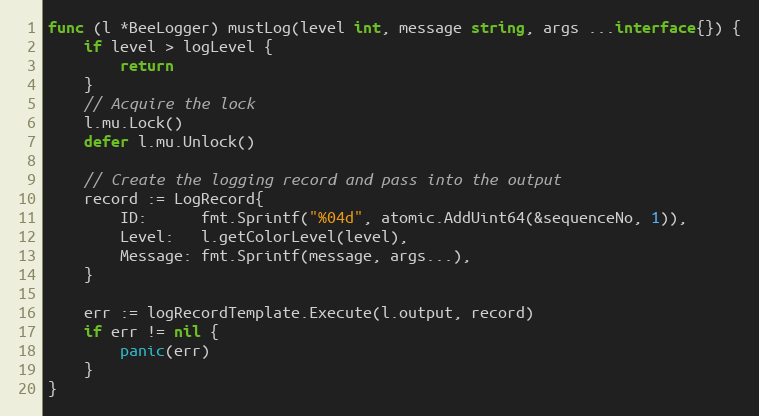
Language: Go
func (l *BeeLogger) mustLog(level int, message string, args ...interface{}) {
	if level > logLevel {
		return
	}
	// Acquire the lock
	l.mu.Lock()
	defer l.mu.Unlock()

	// Create the logging record and pass into the output
	record := LogRecord{
		ID:      fmt.Sprintf("%04d", atomic.AddUint64(&sequenceNo, 1)),
		Level:   l.getColorLevel(level),
		Message: fmt.Sprintf(message, args...),
	}

	err := logRecordTemplate.Execute(l.output, record)
	if err != nil {
		panic(err)
	}
}